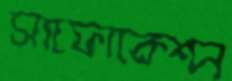
সাফোকেশন